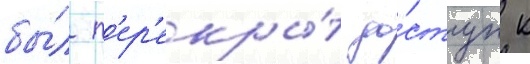
бы́л п'ер'екры́т до́ступ к